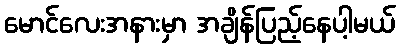
မောင်လေးအနားမှာ အချိန်ပြည့်နေပါ့မယ်